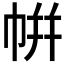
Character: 帲